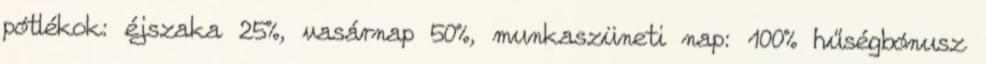
pótlékok: éjszaka 25%, vasárnap 50%, munkaszüneti nap: 100% hűségbónusz